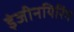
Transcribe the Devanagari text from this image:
इंजीनयिरिंग